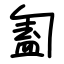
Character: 㔩